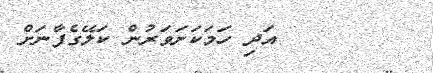
١١٩       އަދި ހަމަކަށަވަރުން ކަލޭގެފާނަށް